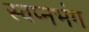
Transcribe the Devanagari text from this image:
स्वप्नभंग